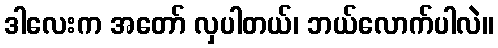
ဒါလေးက အတော် လှပါတယ်၊ ဘယ်လောက်ပါလဲ။